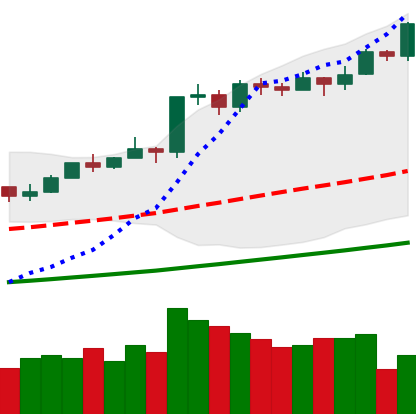
Ticker: BTC-USD
Chart end date: 2021-02-19
Forward return: -11.063%
Label: down_7plus